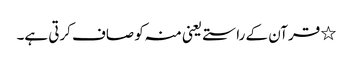
٭ قرآن کے راستے یعنی منہ کو صاف کرتی ہے۔